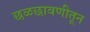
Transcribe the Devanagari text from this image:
छळछावणीतून